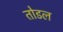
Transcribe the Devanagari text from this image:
तोडल